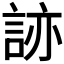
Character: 𧧩